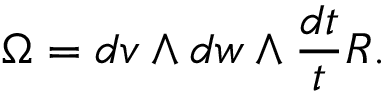
\Omega = d v \wedge d w \wedge \frac { d t } { t } R .